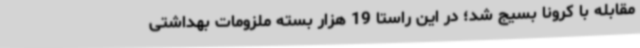
مقابله با کرونا بسیج شد؛ در این راستا 19 هزار بسته ملزومات بهداشتی